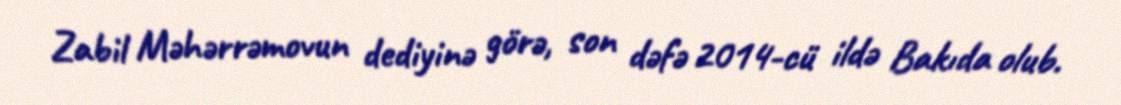
Zabil Məhərrəmovun dediyinə görə, son dəfə 2014-cü ildə Bakıda olub.